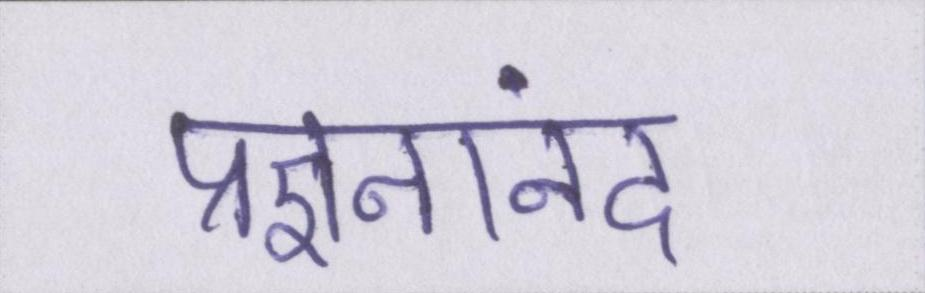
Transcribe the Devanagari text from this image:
प्रज्ञनानंद